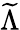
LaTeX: \widetilde{\Lambda}